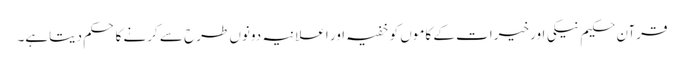
قرآن حکیم نیکی اور خیرات کے کاموں کو خفیہ اور اعلانیہ دونوں طرح سے کرنے کا حکم دیتاہے۔